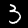
Digit: 3